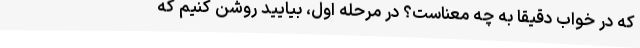
که در خواب دقیقاً به چه معناست؟ در مرحله اول، بیایید روشن کنیم که